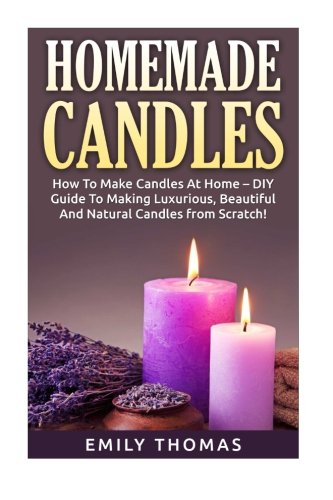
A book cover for Homemade Candles: How To Make Candles At Home - DIY Guide To Making Luxurious, Beautiful And Natural Candles from Scratch! (How To Make Candles, Candle Making Books, Candle Making); Emily Thomas; Crafts, Hobbies & Home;